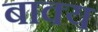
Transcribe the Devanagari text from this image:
बाक्य